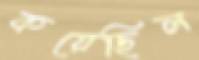
কয়েছিল